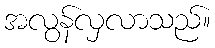
အလွန်လှလာသည်။